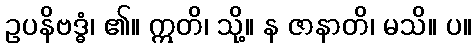
ဥပနိဗဒ္ဓံ၊ ၏။ ဣတိ၊ သို့။ န ဇာနာတိ၊ မသိ။ ပ။